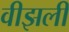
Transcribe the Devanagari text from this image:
वीझली